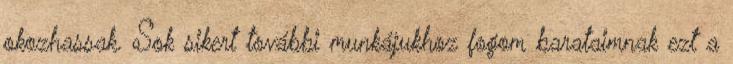
okozhassak. Sok sikert további munkájukhoz fogom barataimnak ezt a